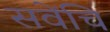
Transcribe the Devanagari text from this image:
सवेंचि